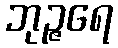
ဘုဉ္ဇရေ